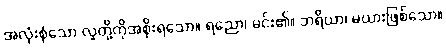
အလုံးစုံသော လူတို့ကိုအစိုးရသော။ ရညော၊ မင်း၏။ ဘရိယာ၊ မယားဖြစ်သော။